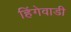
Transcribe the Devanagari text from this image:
हिंगेवाडी